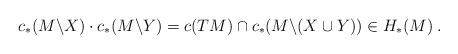
LaTeX: \begin{align*} c_*(M\backslash X) \cdot c_*(M\backslash Y) = c(TM)\cap c_*(M \backslash (X\cup Y)) \in H_*(M)\:. \end{align*}